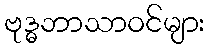
ဗုဒ္ဓဘာသာဝင်များ